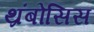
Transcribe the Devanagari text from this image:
थ्रंबोसिस